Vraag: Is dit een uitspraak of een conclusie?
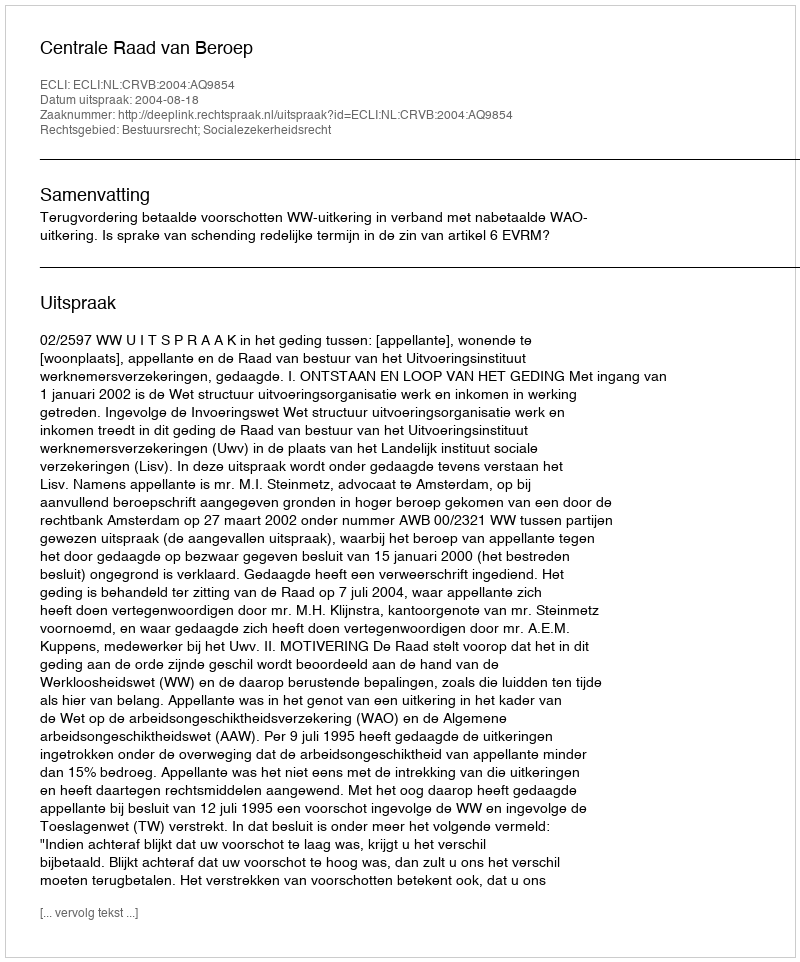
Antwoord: Uitspraak